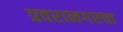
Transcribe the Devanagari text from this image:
प्रवरानगरचा